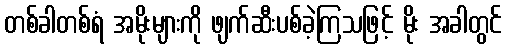
တစ်ခါတစ်ရံ အမိုးများကို ဖျက်ဆီးပစ်ခဲ့ကြသဖြင့် မိုး အခါတွင်